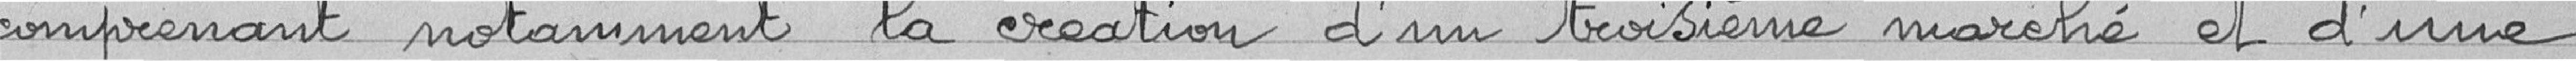
comprenant notamment la création d'un troisième marché et d'une